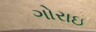
ગોરાઇ